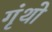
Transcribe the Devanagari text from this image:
गृंथो